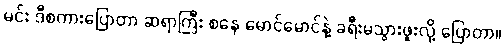
မင်း ဒီစကားပြောတာ ဆရာကြီး စနေ မောင်မောင်နဲ့ ခရီးမသွားဖူးလို့ ပြောတာ။